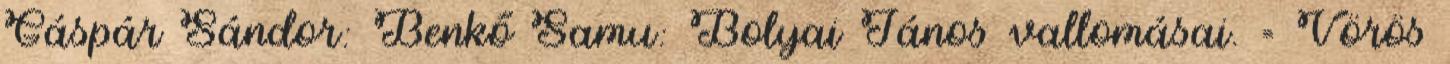
Gáspár Sándor: Benkő Samu: Bolyai János vallomásai. = Vörös